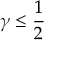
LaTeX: \gamma \leq { \frac { 1 } { 2 } }